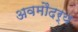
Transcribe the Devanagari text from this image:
अवमौदर्य